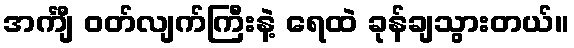
အင်္ကျီ ဝတ်လျက်ကြီးနဲ့ ရေထဲ ခုန်ချသွားတယ်။